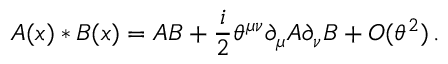
A ( x ) * B ( x ) = A B + { \frac { i } { 2 } } \theta ^ { \mu \nu } \partial _ { \mu } A \partial _ { \nu } B + { \cal O } ( \theta ^ { 2 } ) \, .